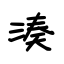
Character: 湊